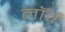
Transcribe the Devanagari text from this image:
नॉर्व